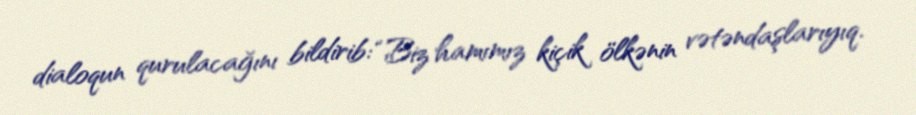
dialoqun qurulacağını bildirib: “Biz hamımız kiçik ölkənin vətəndaşlarıyıq.